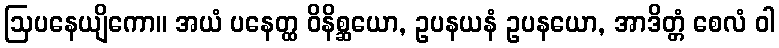
ဩပနေယျိကော။ အယံ ပနေတ္ထ ဝိနိစ္ဆယော, ဥပနယနံ ဥပနယော, အာဒိတ္တံ စေလံ ဝါ